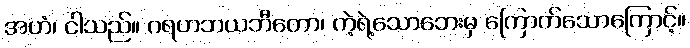
အဟံ၊ ငါသည်။ ဂရဟဘယဘီတော၊ ကဲ့ရဲ့သောဘေးမှ ကြောက်သောကြောင့်။